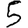
Digit: 5